Civil Veterinary Department Bengal reports 1933-51 - 1933-1951
Year: 1933
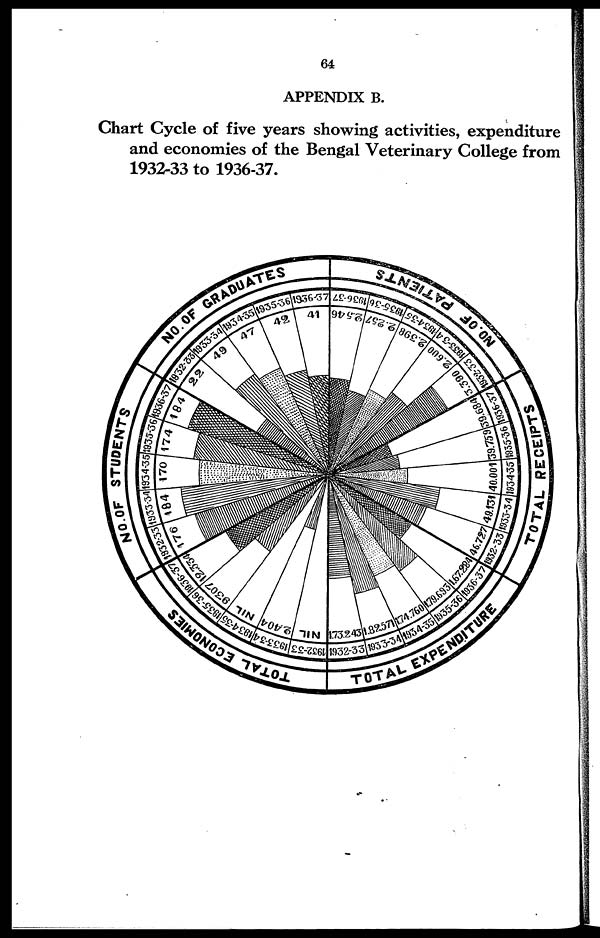
64
APPENDIX B.
Chart Cycle of five years showing activities, expenditure
and economies of the Bengal Veterinary College from
1932-33 to 1936-37.